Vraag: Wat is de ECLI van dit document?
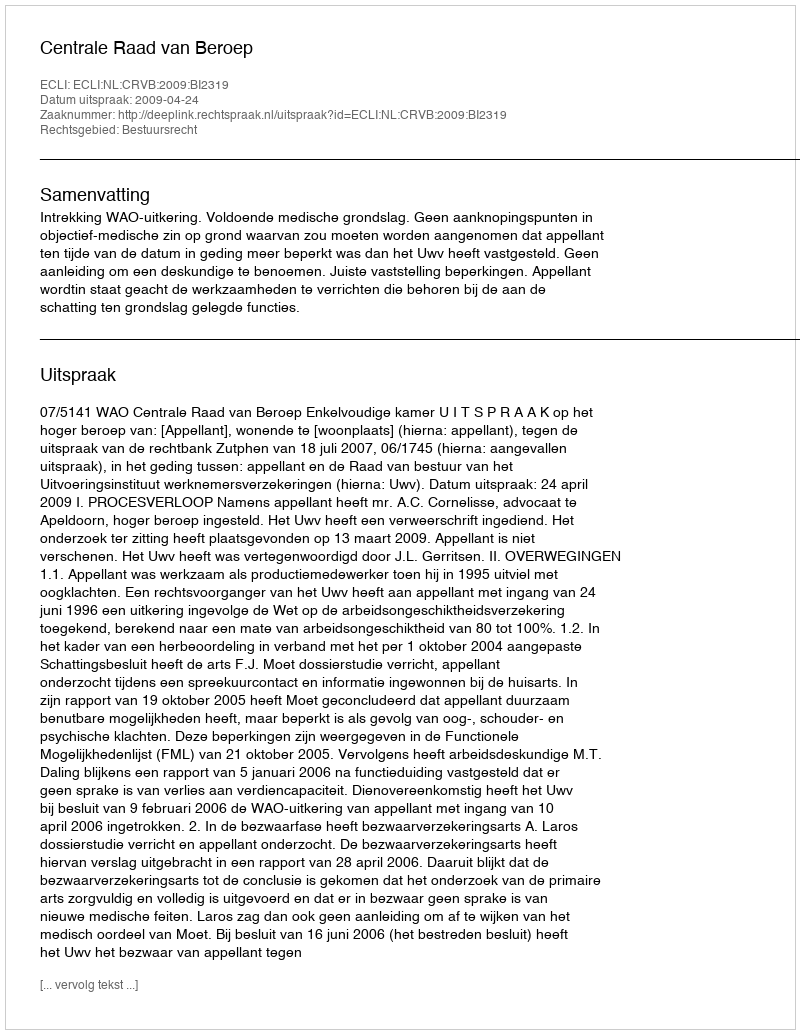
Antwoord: ECLI:NL:CRVB:2009:BI2319